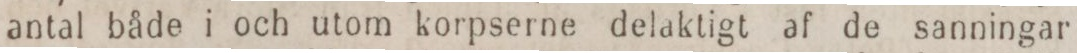
antal både i och utom korpserne delaktigt af de sanningar